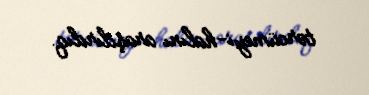
tərcümeyi-halını araşdırdıq.